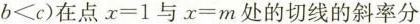
$$b<c$$)在点$$x=1$$与$$x=m$$处的切线的斜率分